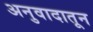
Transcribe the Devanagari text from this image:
अनुवादातून